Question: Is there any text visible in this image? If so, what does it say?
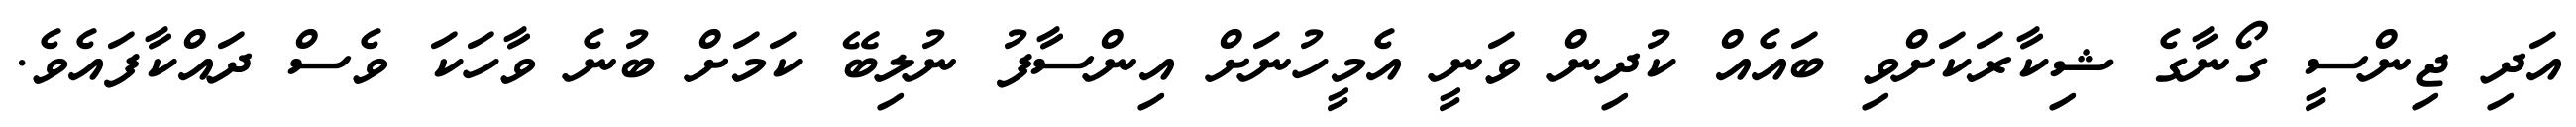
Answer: އަދި ޖިންސީ ގޯނާގެ ޝިކާރަކަށްވި ބައެއް ކުދިން ވަނީ އެމީހުނަށް އިންސާފު ނުލިބޭ ކަމަށް ބުނެ ވާހަކަ ވެސް ދައްކާފައެވެ.